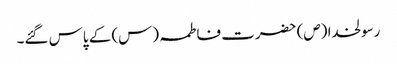
رسولخدا (ص) حضرت فاطمہ (س) کے پاس گئے۔